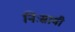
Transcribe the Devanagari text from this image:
निःस्रावी